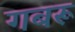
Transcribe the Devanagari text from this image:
गबरू